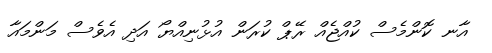
އާނ ކޮންމެސް ކުއްޖެއް ރޭޕް ކުރަން އުޅުނިއްޔޯ އަދި އެވެސް މަންމައާ